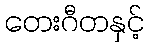
တေးဂီတနှင့်